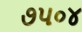
૭૫૦૪